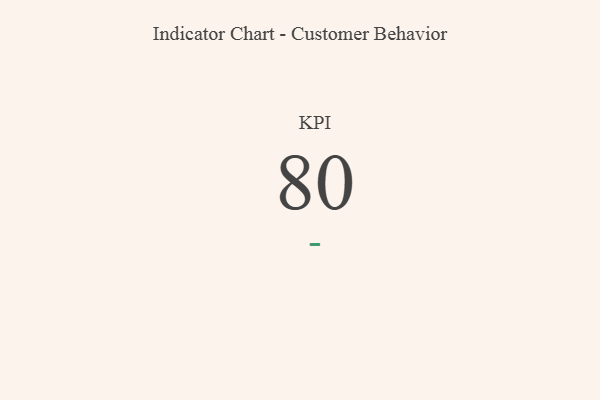
{"axis": {"x": "KPI", "y": "Value"}, "legend": [""], "data": [{"x": "KPI", "y": 80, "type": ""}]}